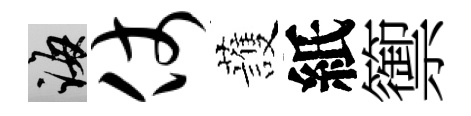
誨仗䕶紙籞